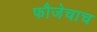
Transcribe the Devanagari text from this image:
फौजेचाच